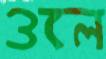
ওলে